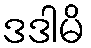
ဒဒါမိ